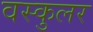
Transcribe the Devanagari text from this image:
वस्कुलर